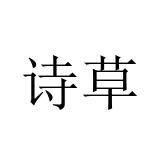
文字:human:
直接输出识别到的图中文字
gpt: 诗草